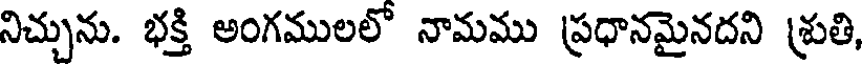
నిచ్చును. భక్తి అంగములలో నామము ప్రధానమైనదని శ్రుతి,